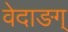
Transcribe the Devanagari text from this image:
वेदाङग्